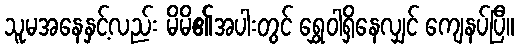
သူမအနေနှင့်လည်း မိမိ၏အပါးတွင် ရွှေဝါရှိနေလျှင် ကျေနပ်ပြီ။